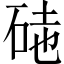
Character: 𥒃